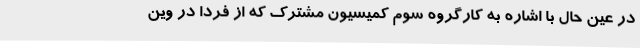
در عین حال با اشاره به کارگروه سوم کمیسیون مشترک که از فردا در وین